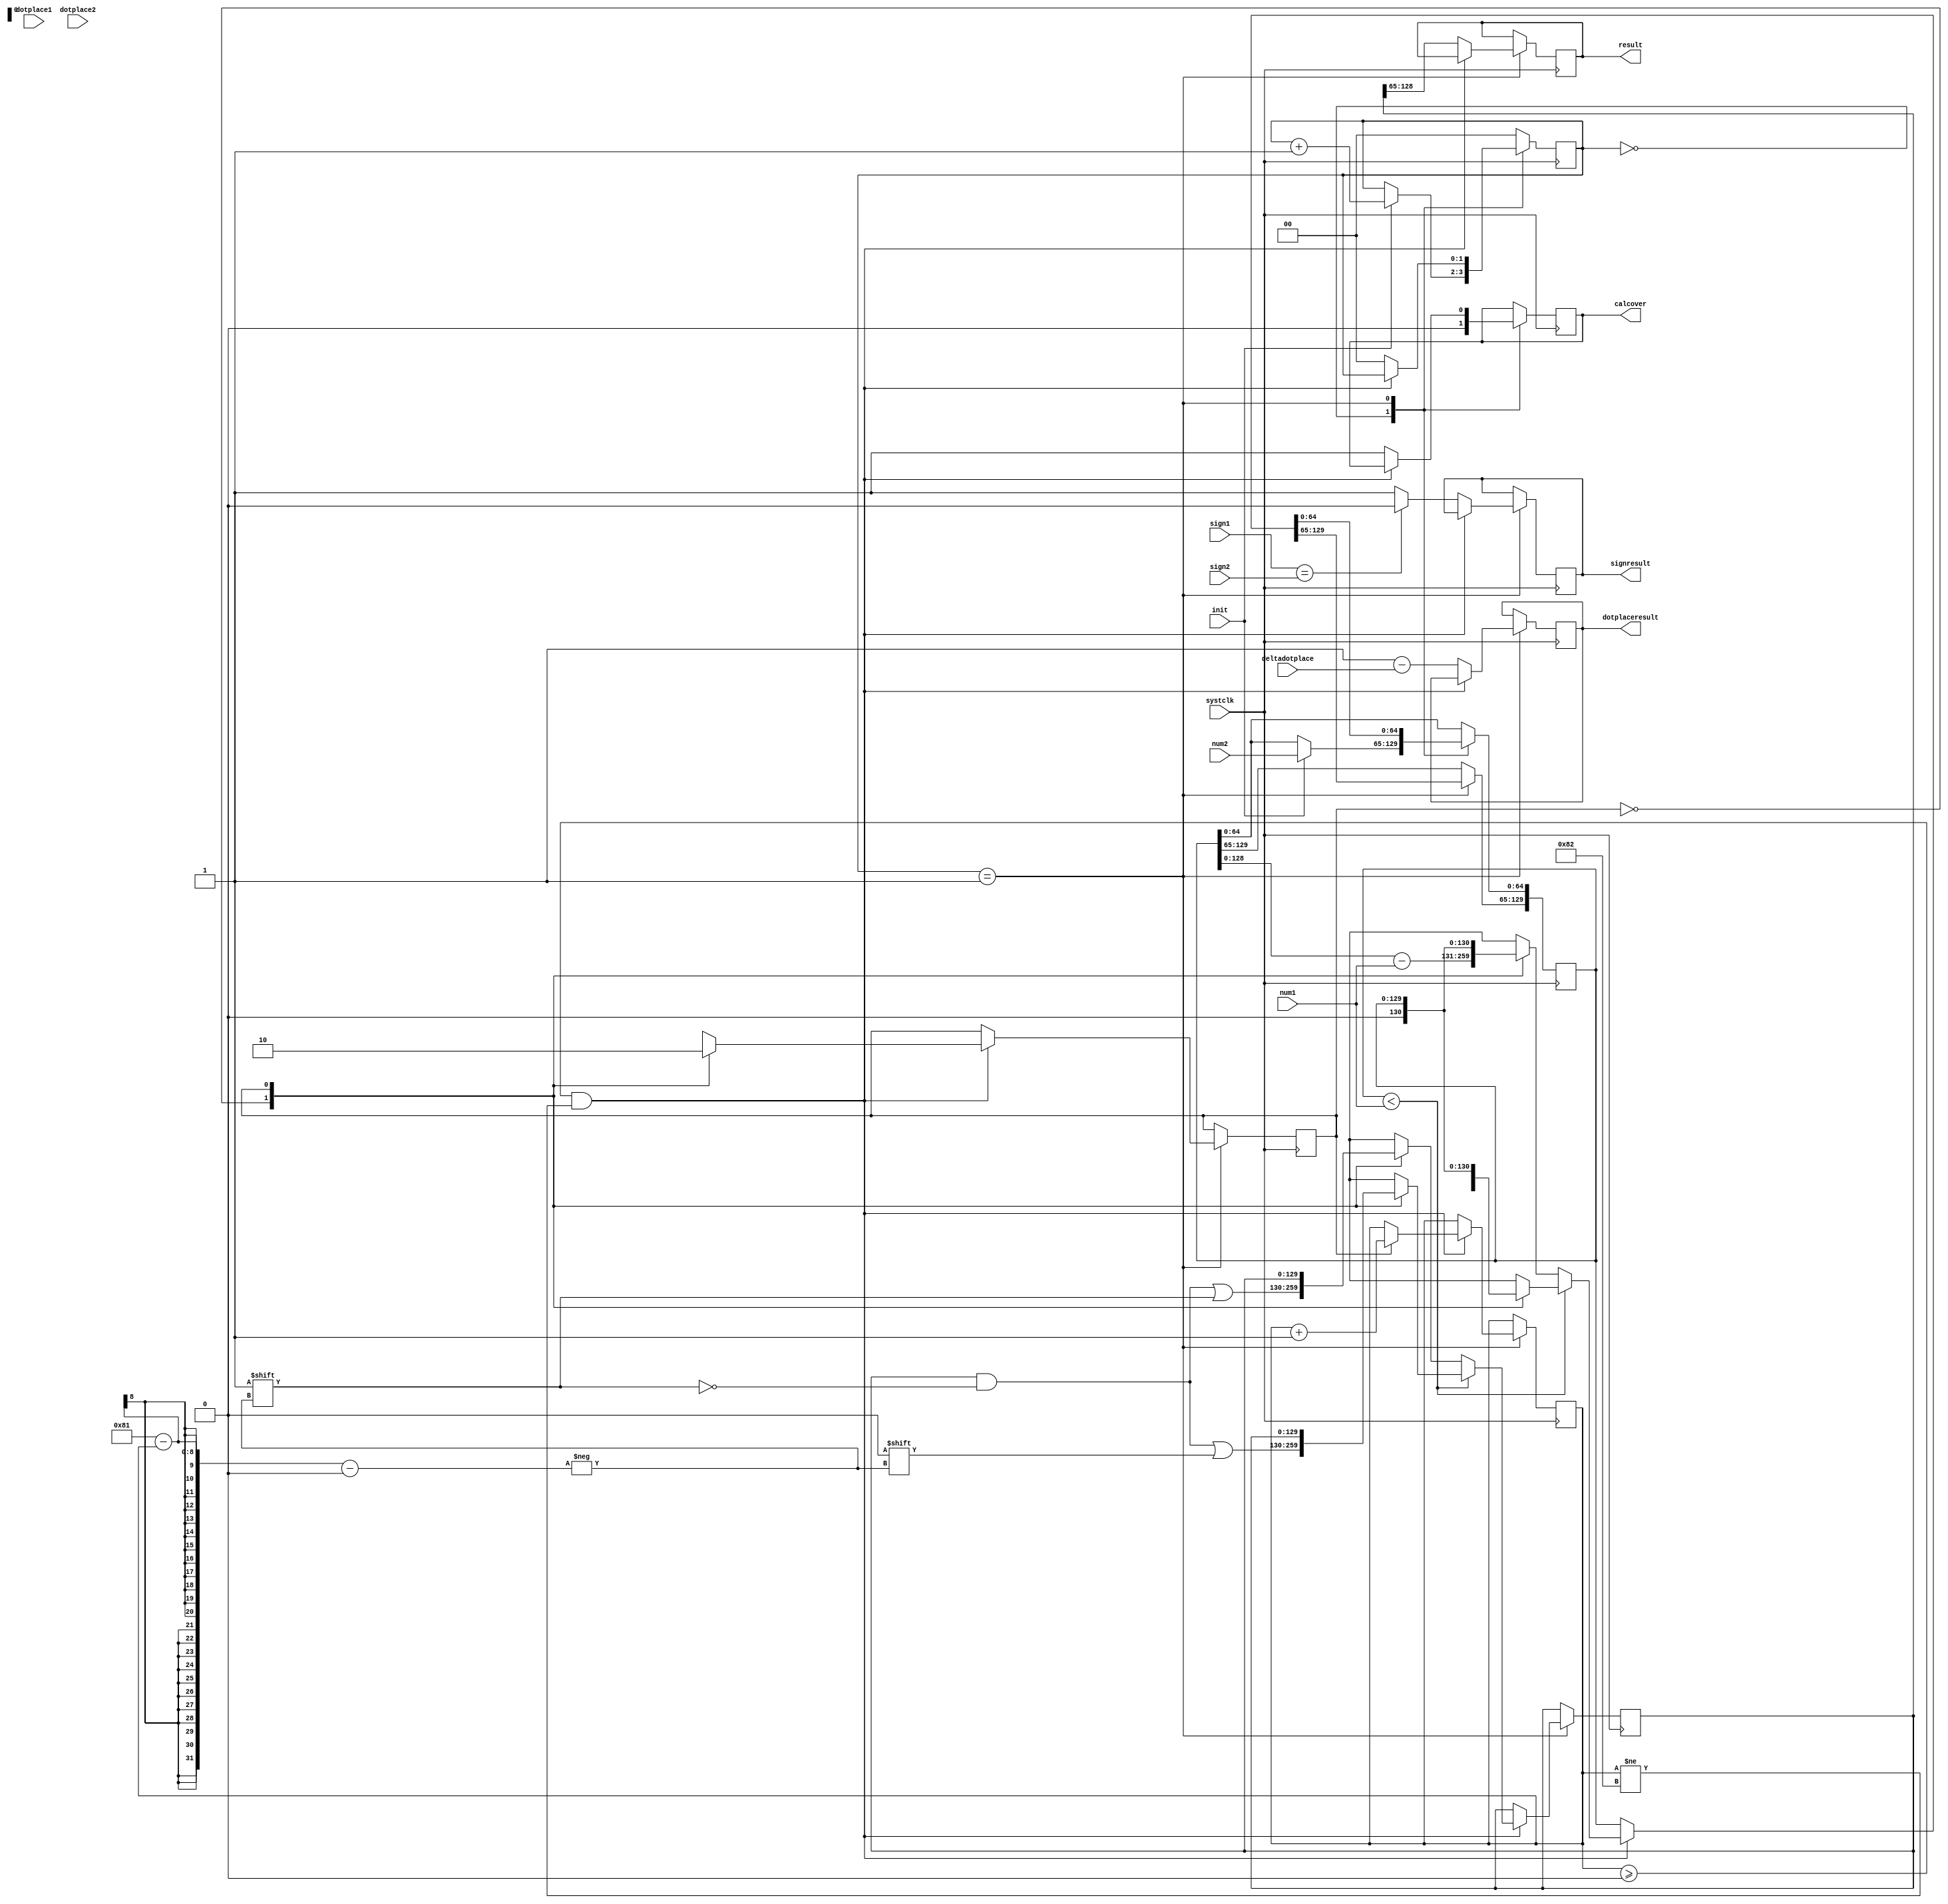
module sobigdivision(
	input						systclk,
	input						init,
	input[64:0]				num1,
	input[64:0]				num2,
	input[6:0]				dotplace1,
	input[6:0]				dotplace2,
	input						sign1,
	input						sign2,
	input[6:0]				deltadotplace,
	
	
	output reg[63:0]		result,
	
	output reg[7:0]			dotplaceresult,	
	output reg				signresult,
	output reg				calcover
	

);
//***缓冲区***//
reg[1:0]						stater=2'b0;
reg                       instater=1'b0;
//***计数器***//
reg[7:0]						counter=8'd0;       

//***缓存器***//
reg[129:0]					num2cache=65'd0;
reg[129:0]					resultcache=130'd0;
	always@(posedge systclk)
		begin
			case(stater)
				2'b00:	//等待初始信号
					begin
						if(!init)
							begin
								stater<=stater;
								calcover<=1'b0;
							end
						else
							begin
								stater<=stater+1'b1;
								calcover<=1'b0;
								num2cache[64:0]<=num2;
							end
					end
				2'b01:	//逐位相减
					begin
						if(counter>=8'd0&& counter!=8'h82)  
							begin
								if(num2cache<num1)	//移位
									begin
									case(instater)
									1'b0:
										begin
											resultcache[129-counter]=0;
											num2cache=num2cache<<1;
											instater<=1'b1;
										end
									1'b1:
										begin
											counter<=counter+8'd1;
											instater<=1'b0;
										end
									endcase
									end
								else	//减法
									begin
									case(instater)
									1'b0:
										begin
											resultcache[129-counter]=1;
											num2cache=num2cache-num1;
											num2cache=num2cache<<1;
											instater<=1'b1;
										end 
									1'b1:
										begin
											counter<=counter+8'd1;
											instater<=1'b0;
										end
										endcase
									end
							end
						else													//计算结束
							begin
								stater<=2'b00;
								result<=resultcache[128:65];	//根据输入的除数与被除数判断出，第129位是0
								dotplaceresult<=7'd129-deltadotplace;
								signresult<=(sign1==sign2)?1'b0:1'b1;
								calcover<=1'b1;
							end
					end
				default:
					begin
						stater<=2'b00;
					end
			endcase
		end

endmodule